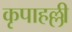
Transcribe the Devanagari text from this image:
कृपाहल्ली